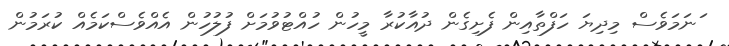
ަނަމަވެސް މިދިޔަ ހަފްތާއިން ފެށިގެން ދުއާކުރާ މީހުން ހުއްޓުވުމަށް ފުލުހުން އެއްވެސްކަމެއް ކުރަމުން